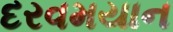
દરવમયાન